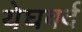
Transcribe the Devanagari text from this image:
येघवर्द